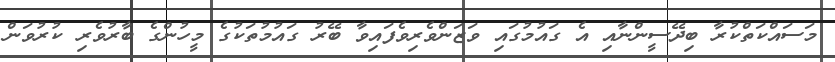
މަސައްކަތްކުރާ ބިދޭސީންނާއި އެ ގައުމުގައި ވަޒަންވެރިވެފައިވާ ބޭރު ގައުމުތަކުގެ މީހުންގެ ބާރުވެރި ކުރުވަން